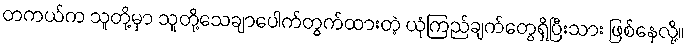
တကယ်က သူတို့မှာ သူတို့သေချာပေါက်တွက်ထားတဲ့ ယုံကြည်ချက်တွေရှိပြီးသား ဖြစ်နေလို့။